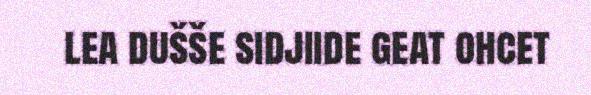
lea dušše sidjiide geat ohcet